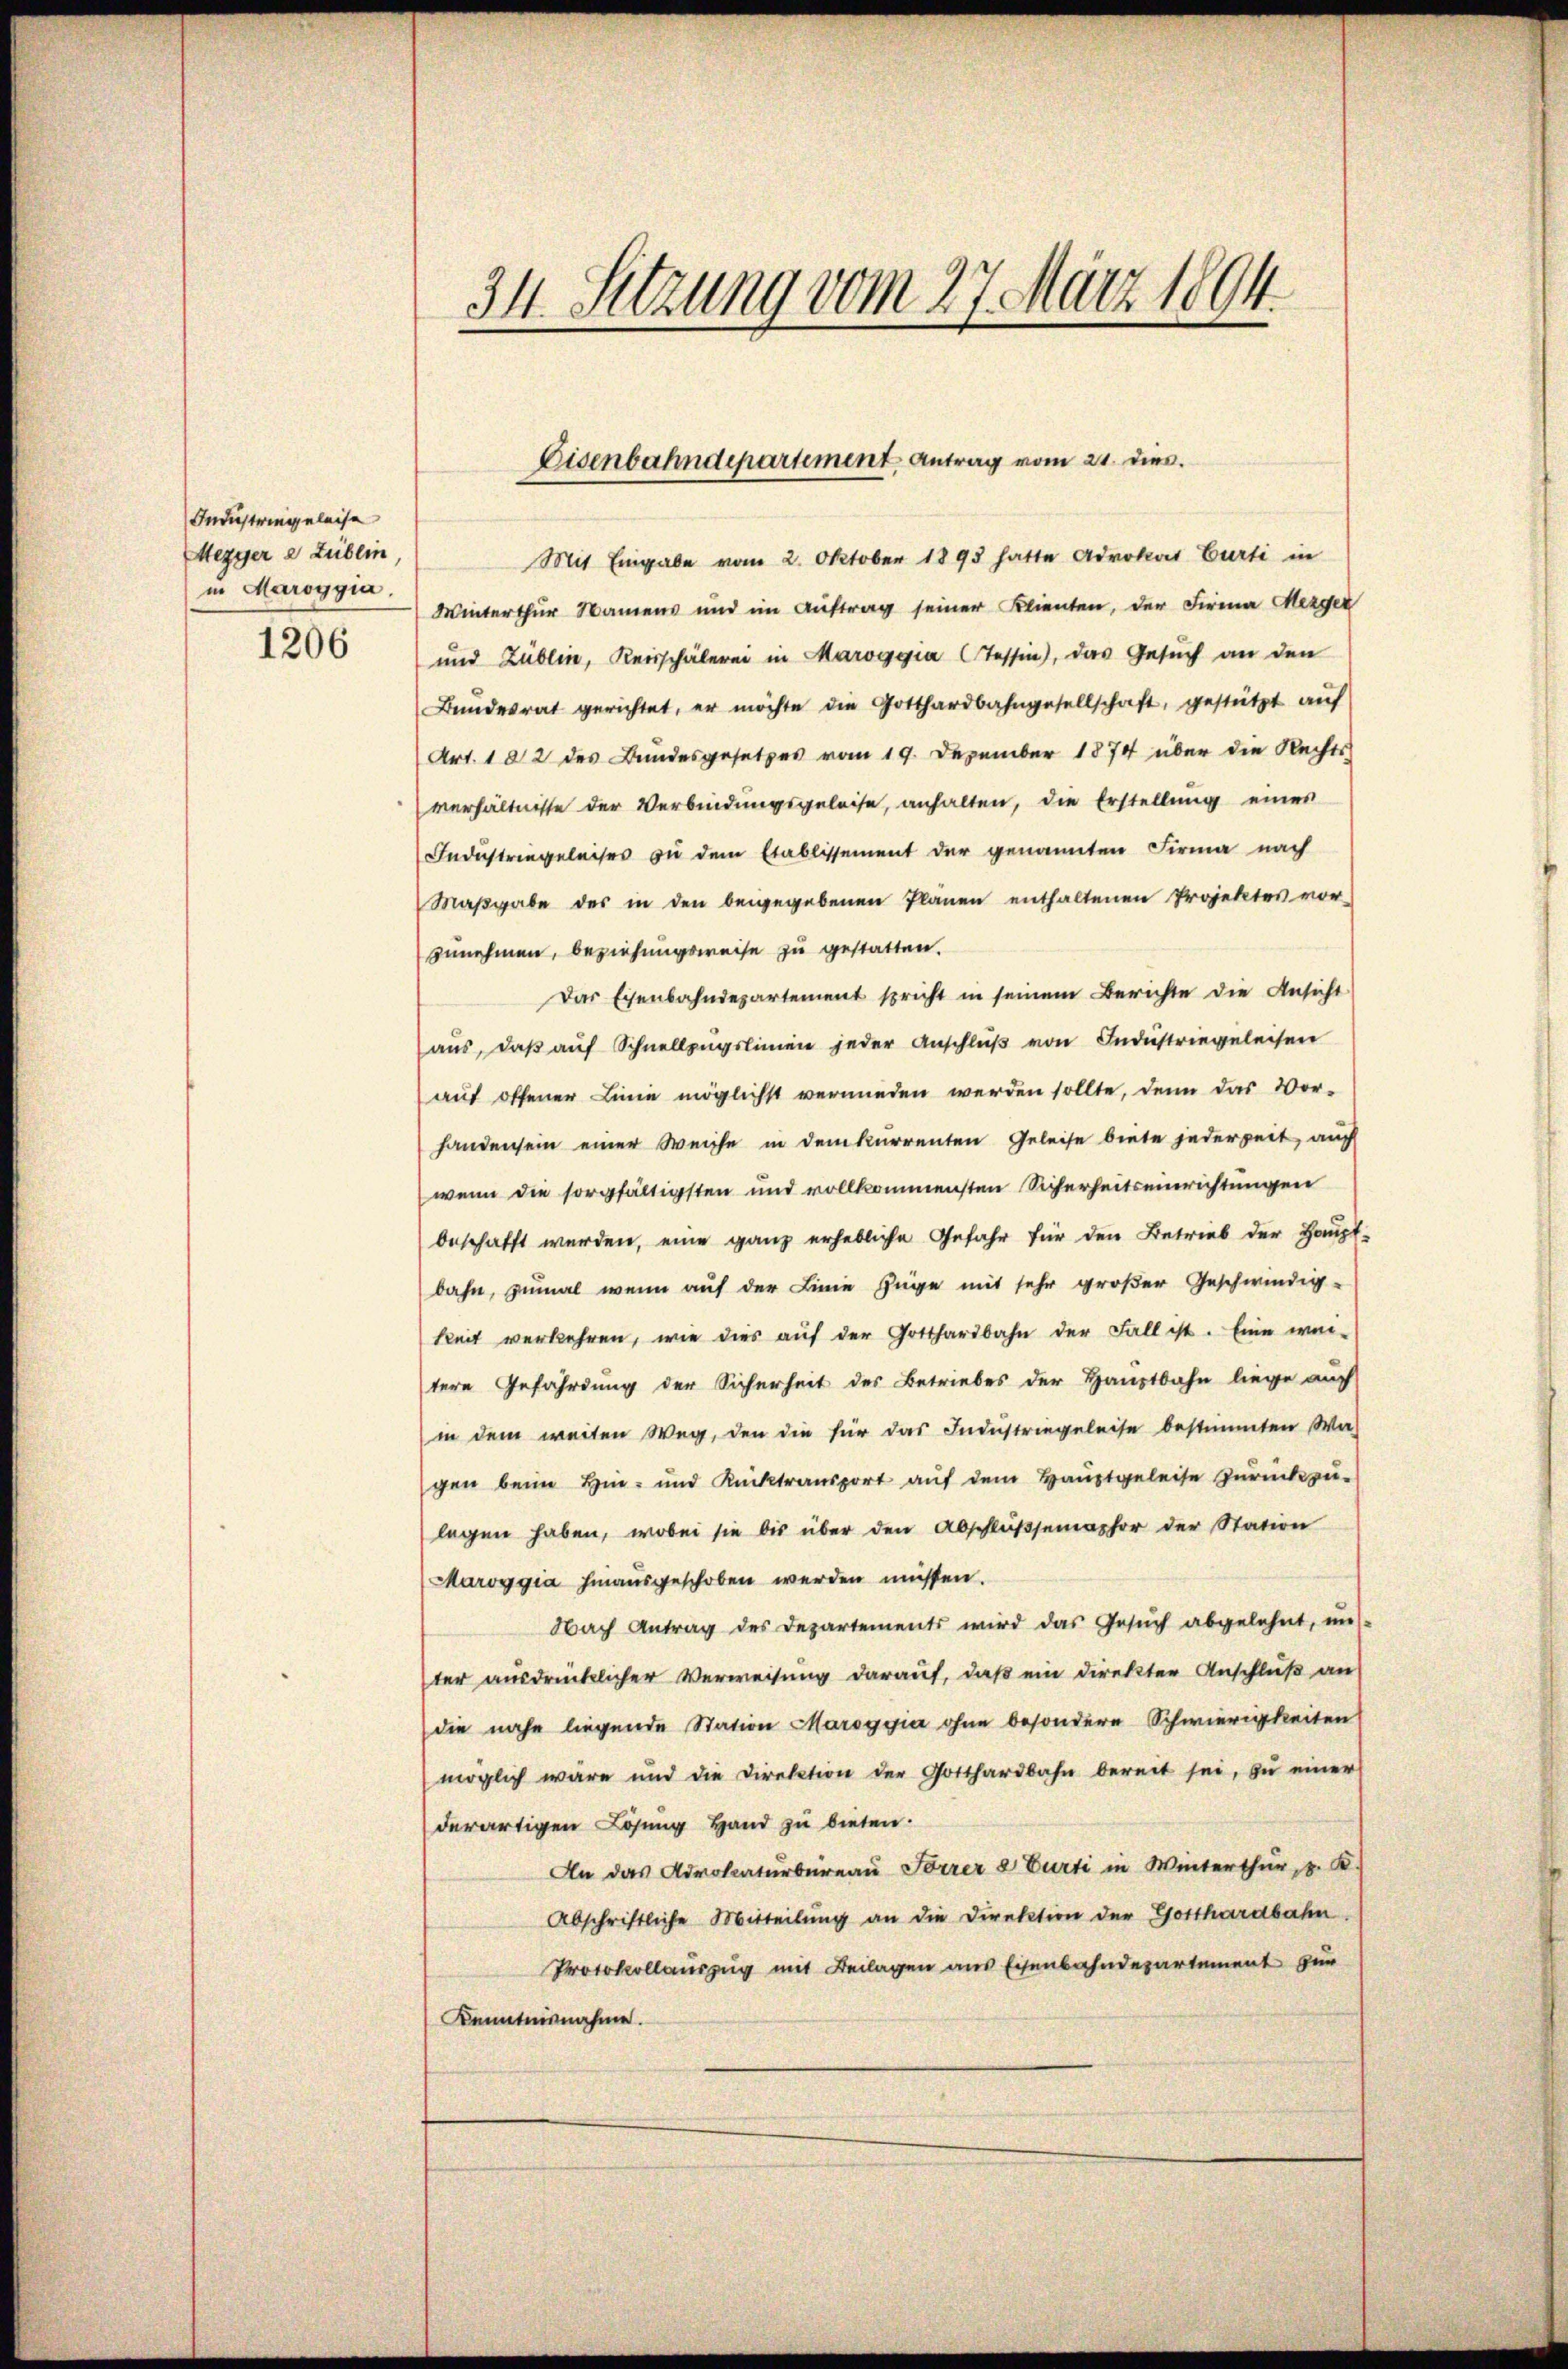
Industringeleise
Mezger e Lublin
in Maroggia.
1206

34. Setzung vom 27. März 1894.

Mit Eingabe vom 2. Oktober 1893 hatte Advokat Curti in
Winterthur Namens und im Auftrag seiner Klienten, der Firma Herger
und Zublin, Reisschälerei in Maroggia (Tessin, das Gesuch an den
Bŭndesrat gerichtet, er möchte die Gotthardbahngesellschaft, gestützt auf
Art. 182 des Bundesgesetzes vom 19. Dezember 1874 über die Rechts-
verhältnisse der Verbindungsgeleise, anhalten, die Erstellung eines
Industringeleises zu dem Etablissement der genannten Firma nach
Maβgabe des in den beigegebenen Planen enthaltenen Projektes vor
zunehmen, beziehungsweise zu gestatten.
Das Eisenbahndepartement spricht in seinem Berichte die Ansicht
aus, daβ aŭf Schnellzugslinien jeder Anschluß von Industriegeleisen
aŭf offener Linie möglichst vermieden werden sollte, denn das Vor-
handensein einer Weiche in dem kurrenten Geleise biete jederzeit, auf
wenn die sorgfältigsten und vollkommensten Sicherheitseinrichtungen
beschafft werden, eine ganz erhebliche Gefahr für den Betrieb der Haupt-
bahn, zumal wenn auf der Linie Züge mit sehr großer Geschwindig-
keit verkehren, wie dies aŭf der Gotthardbahn der Fall ist. Eine wer-
tere Gefährdung der Sicherheit des Betriebes der Hauptbahn liege auf
in dem weiten Weg, den die für das Industriegeleise bestimmten Was
gen beim Hin- und Rücktransport aŭf dem Haŭptgeleise zŭrückzŭ-
legen haben, wobei sie bis über den Abschlussemessor der Station
Maroggia hinausgeschoben werden müssen.
Nach Antrag des Departements wird das Gesŭch abgelehnt, un
ter ausdrücklicher Verweisung darauf, daß ein direkter Anschluß an
die nahe liegende Station Maroggia ohne besondere Schwierigkeiten
möglich wäre und die Direktion der Gotthardbahn bereit sei, zŭ einer
derartigen Lösung Hand zu bieten.
An das Advokaturbüreaŭ Sorrer & Curti in Winterthur, u. K.
Abschriftliche Mitteilŭng an die Direktion der Gotthardbahn.
Protokollauszug mit Beilagen aus Eisenbahndepartement zur
Kenntnisnahme.

Eisenbahndepartement Antrag vom 21. dies